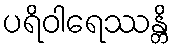
ပရိဝါရေဿန္တိ